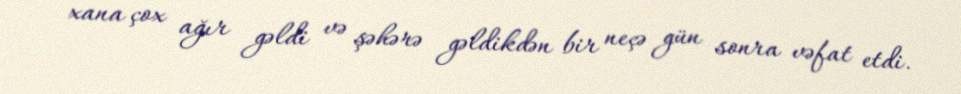
xana çox ağır gəldi və şəhərə gəldikdən bir neçə gün sonra vəfat etdi.